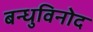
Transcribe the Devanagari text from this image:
बन्धुविनोद